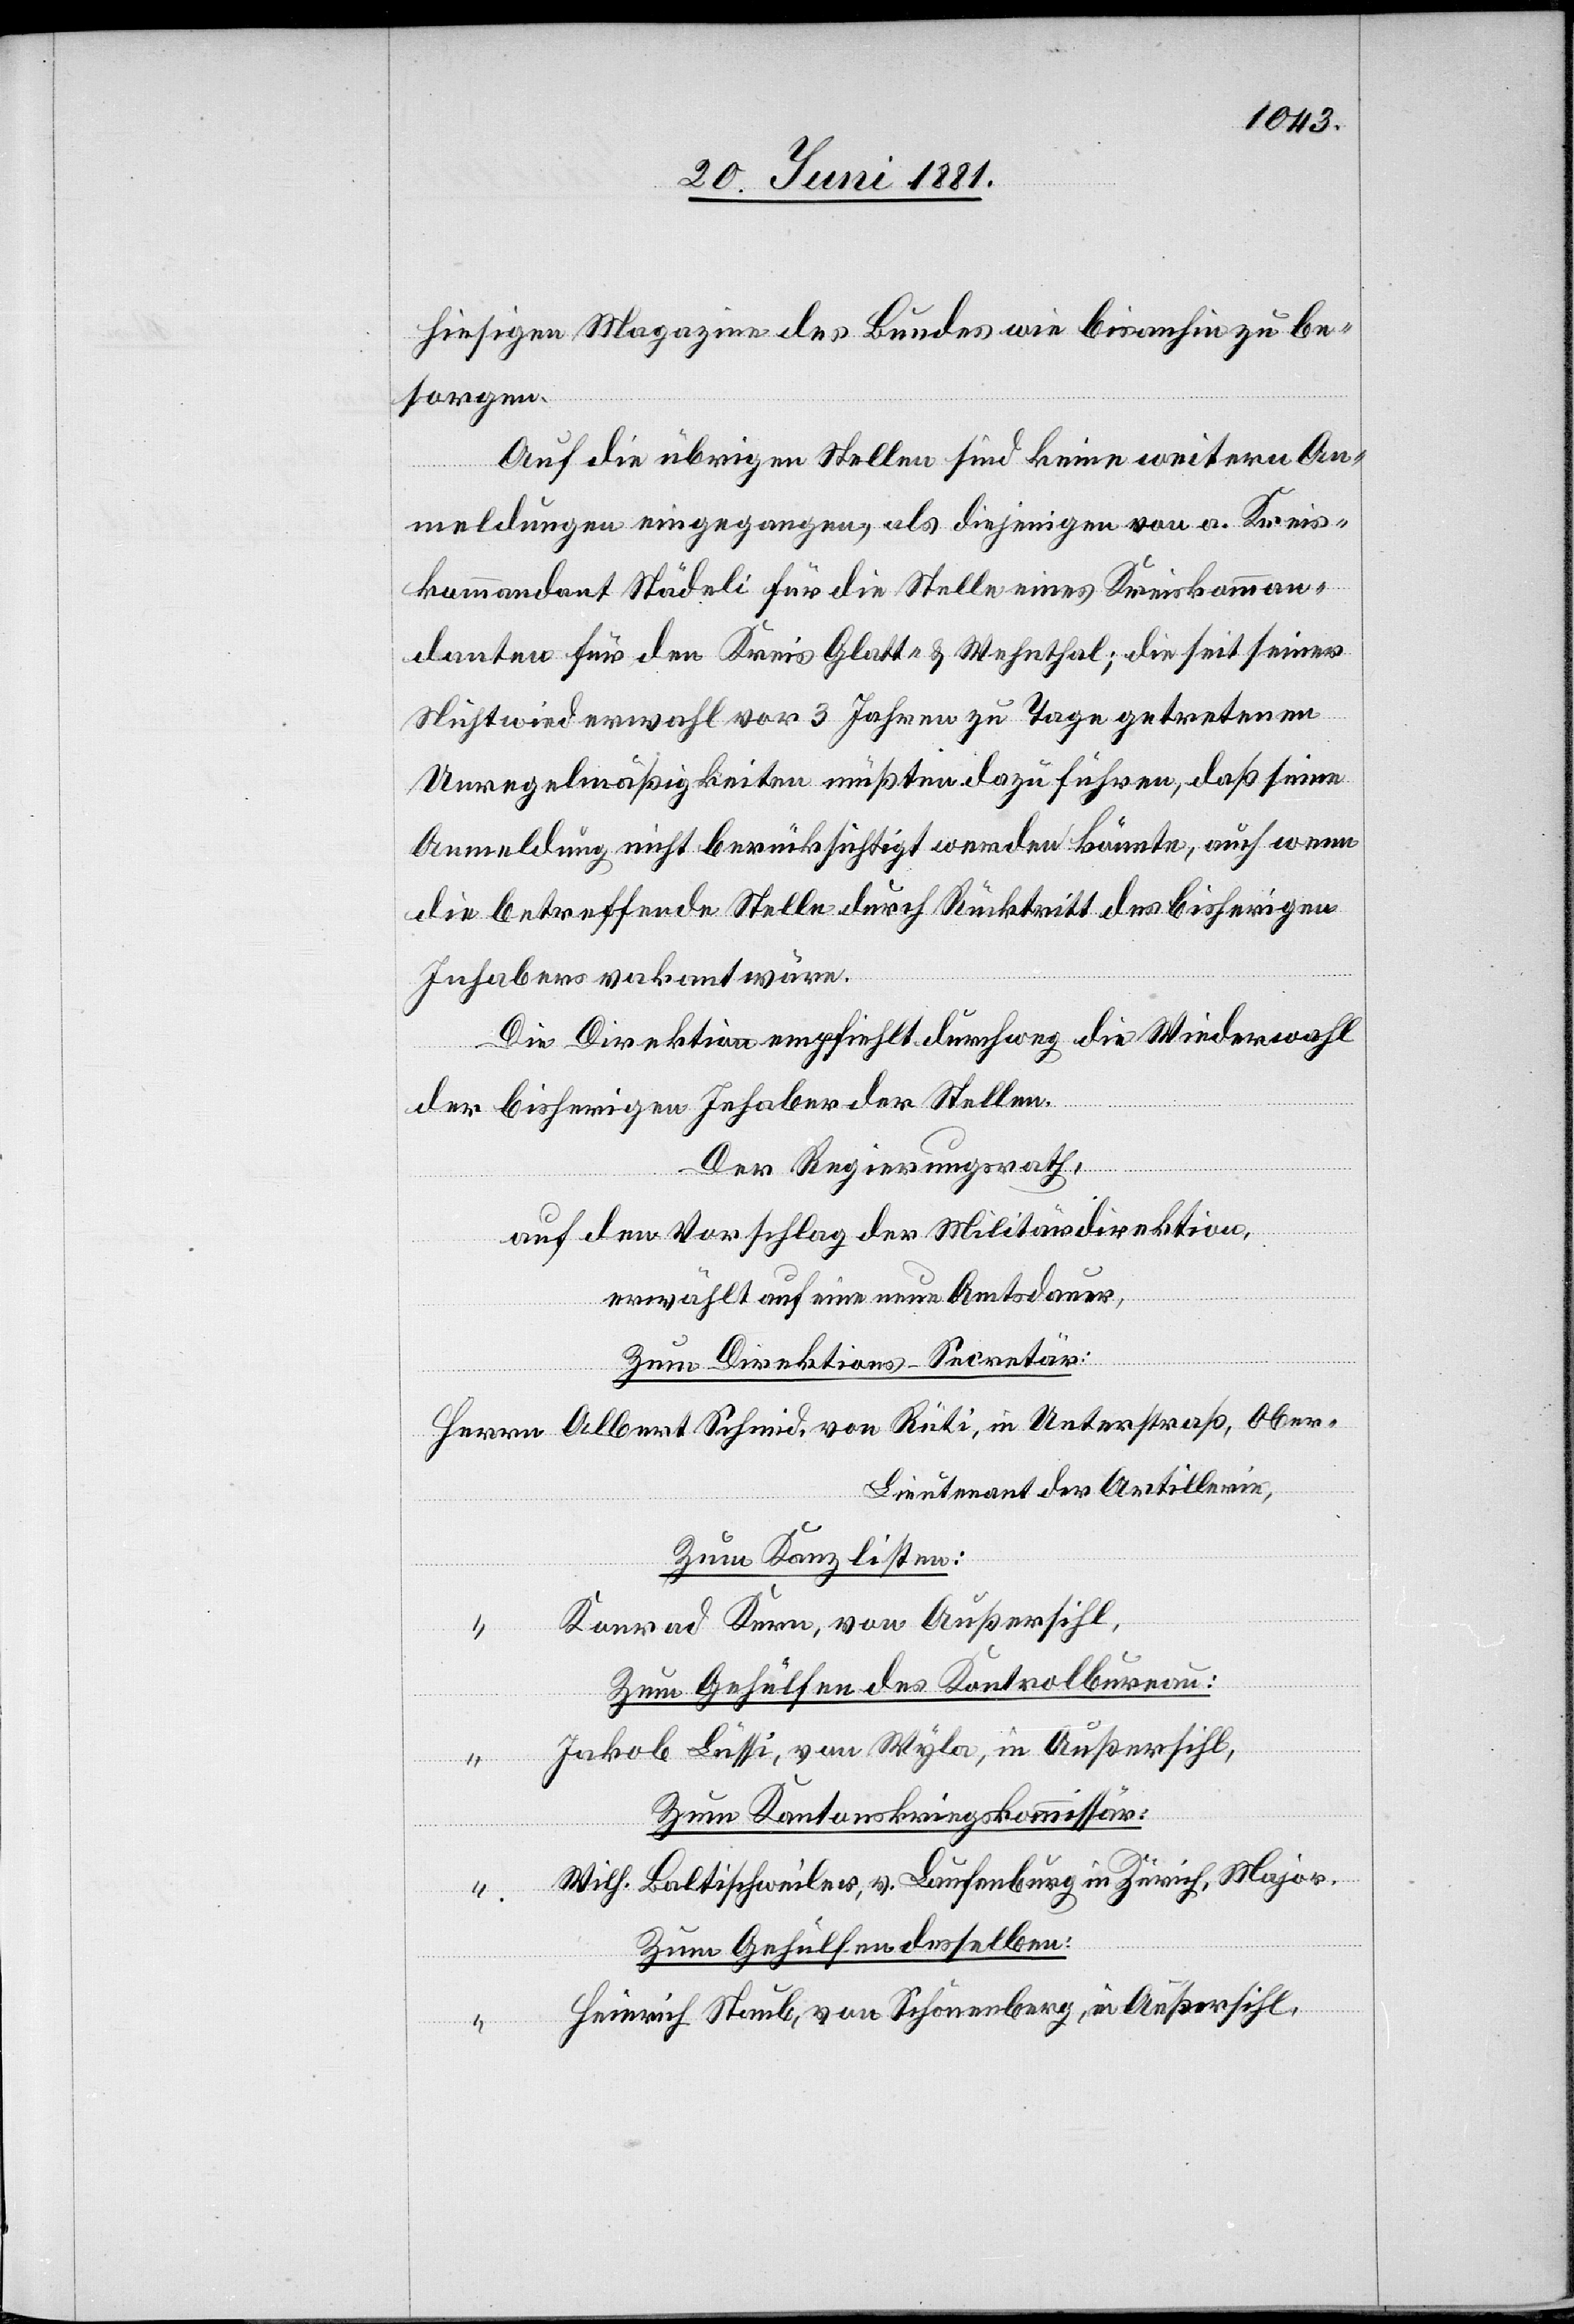
hieseitigen Magazine des Bundes wie bis anhin zu be¬
sorgen.
Auf die übrigen Stellen sind keine weitern An¬
meldungen eingegangen, als diejenigen von a. Kreis¬
kommandant Städeli für die Stelle eines Kreiskomman¬
danten für den Kreis Glatt- & Wehnthal; die seit seiner
Nichtwiederwahl vor 3 Jahren zu Tage getretenen
Unregelmäßigkeiten müßten dazu führen, daß seine
Anmeldung nicht berücksichtigt werden könnte, auch wenn
die betreffende Stelle durch Rücktritt des bisherigen
Inhabers vakant wäre.
Die Direktion empfiehlt durchweg die Wiederwahl
der bisherigen Inhaber der Stellen.
Obe¬
Der Regierungsrath,
auf den Vorschlag der Militärdirektion,
erwählt auf eine neue Amtsdauer,
Zum Direktions-Sekretär:
r-Lieutenant der Artillerie,
Zum Kanzlisten:
Konrad Kern, von Außersihl,
Herrn
Zum Gehülfen des Kontrolbureau:
“
Jakob Lüssi, von Wyla, in Außersihl,
Zum Kantonskreiskommissär:
Wilh. Baltischweiler, v. Laufenburg in Zürich, Major.
Rüti, in
Zum Gehülfen desselben:
Heinrich Staub, von Schönenberg, in Außersihl,